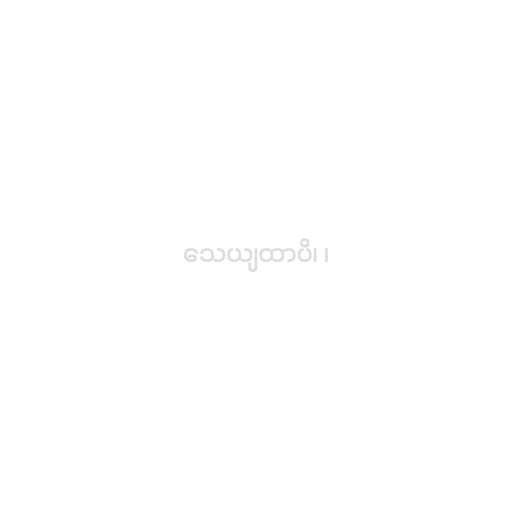
သေယျထာပိ၊ ၊